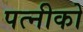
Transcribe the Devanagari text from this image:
पत्नीको